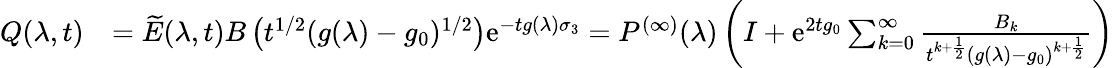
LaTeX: \begin{array}{rl}{Q(\lambda,t)}&{=\widetilde{E}(\lambda,t)B\left(t^{1/2}(g(\lambda)-g_{0})^{1/2}\right)\mathrm{e}^{-tg(\lambda)\sigma_{3}}=P^{(\infty)}(\lambda)\left(I+\mathrm{e}^{2tg_{0}}\sum_{k=0}^{\infty}\frac{B_{k}}{t^{k+\frac{1}{2}}(g(\lambda)-g_{0})^{k+\frac{1}{2}}}\right)}\end{array}